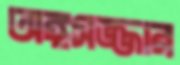
অঙ্গসজ্জার